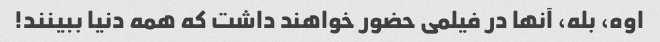
اوه، بله، آنها در فیلمی حضور خواهند داشت که همه دنیا ببینند!